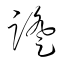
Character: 蹬